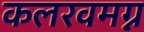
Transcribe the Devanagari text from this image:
कलरवमग्न